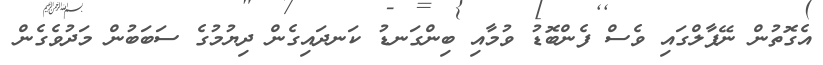
އެގޮތުން ނޭޕާލްގައި ވެސް ފެންބޮޑު ވުމާއި ބިންގަނޑު ކަނދައިގެން ދިޔުމުގެ ސަބަބުން މަދުވެގެން